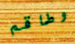
وطاقم